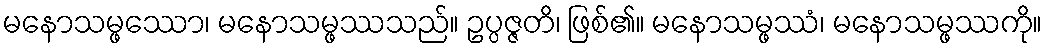
မနောသမ္ဖဿော၊ မနောသမ္ဖဿသည်။ ဥပ္ပဇ္ဇတိ၊ ဖြစ်၏။ မနောသမ္ဖဿံ၊ မနောသမ္ဖဿကို။